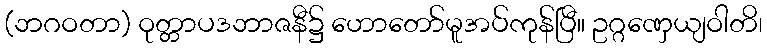
(ဘဂဝတာ) ဝုတ္တာပဒဘာဇနီ၌ ဟောတော်မူအပ်ကုန်ပြီ။ ဥဂ္ဂဏှေယျဝါတိ၊